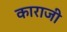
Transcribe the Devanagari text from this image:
काराजी